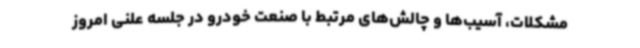
مشکلات، آسیب‌ها و چالش‌های مرتبط با صنعت خودرو در جلسه علنی امروز